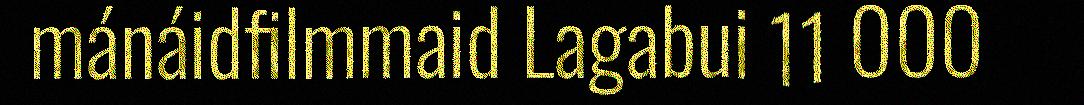
mánáidfilmmaid Lagabui 11 000